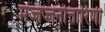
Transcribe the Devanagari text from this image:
मज्जज्जनोत्तारिणी